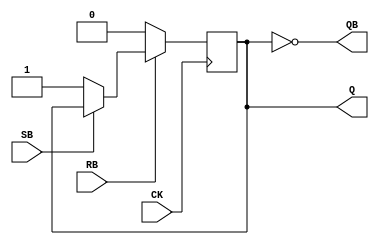
// Synchronous SR Flip-flop
module SRFF_sync(CK, SB, RB, Q, QB);
    input   CK, SB, RB;
    output  Q, QB;
    reg     Q;

    always @(posedge CK) begin
        if (RB==1'b0)
            Q <= 1'b0;
        else if (SB==1'b0)
            Q <= 1'b1;
    end
    
    assign QB = ~Q;

endmodule